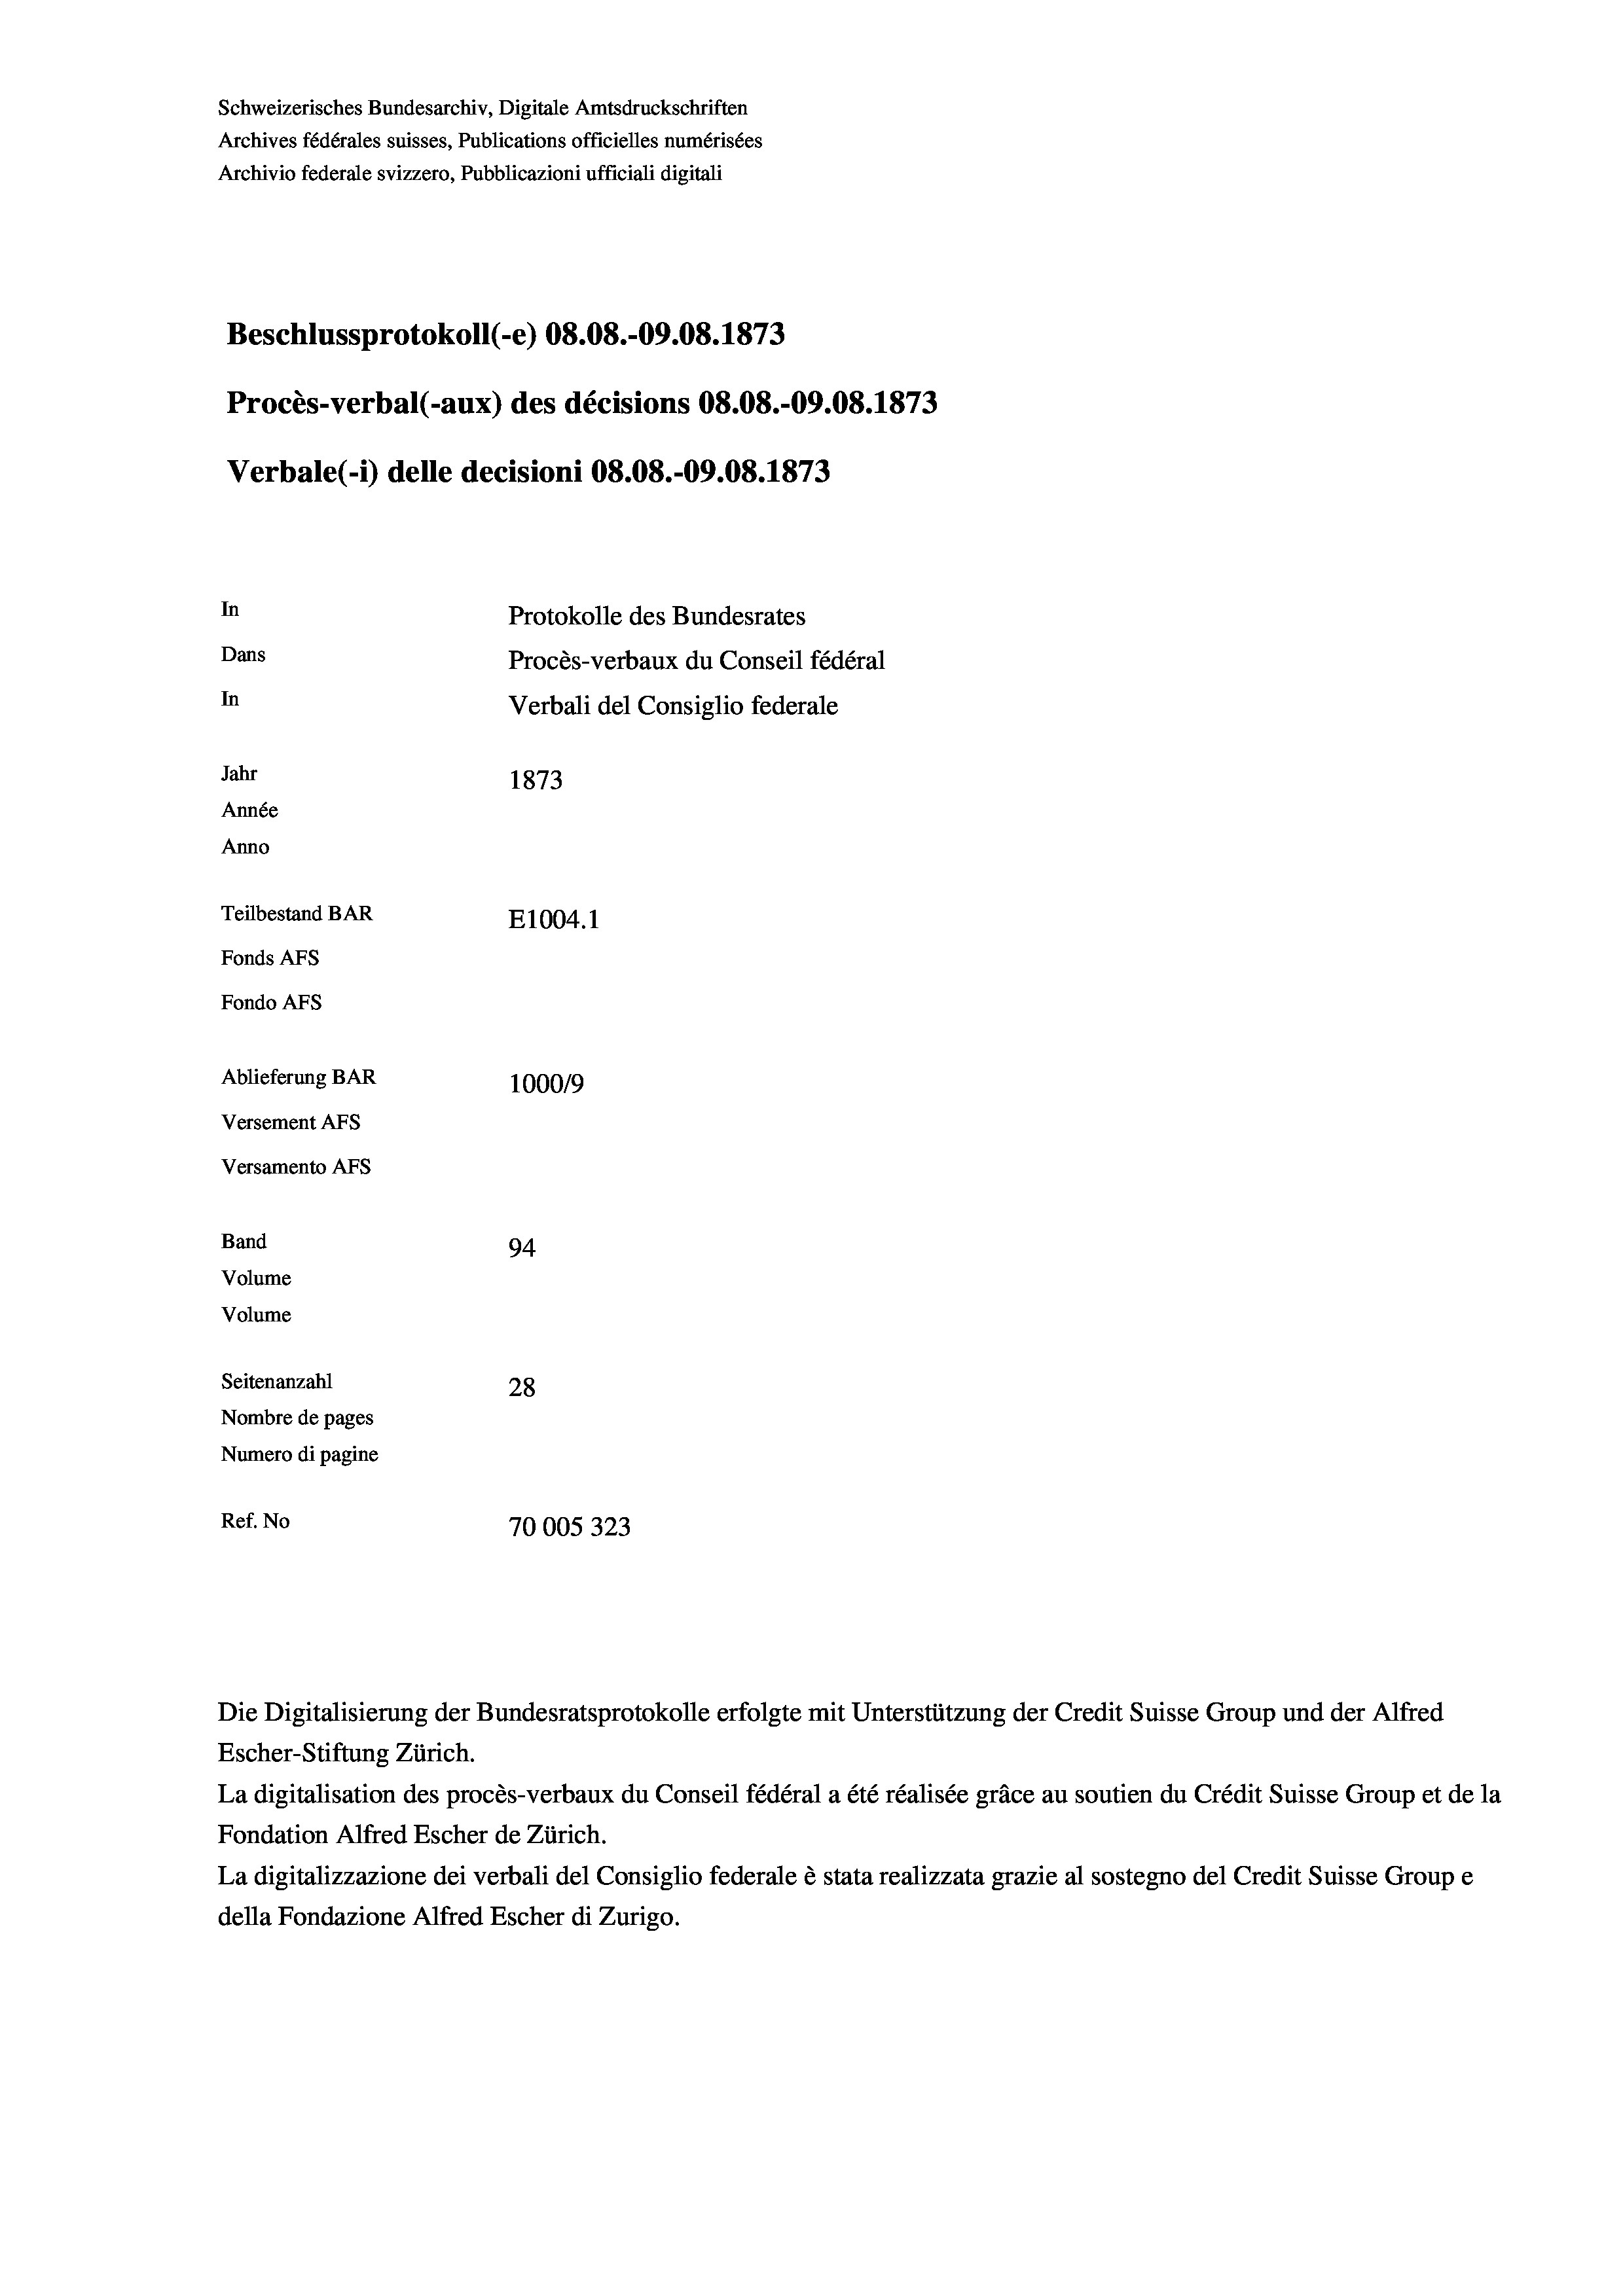
Schweizerisches Bundesarchiv, Digitale Amtsdruckschriften
Archives fédérales suisses, Publications officielles numérisées
Archivio federale svizzero, Pubblicazioni ufficiali digitali
Beschlussprotokoll (-e) 08.08.-09.08. 1873
Procès-verbal (-aux) des décisions 08.08.-09.08. 1873
Verbale(-*) delle decisioni 08.08.-09.08. 1873
In
Protokolle des Bundesrates
Dans
Procès-verbaux du Conseil fédéral
In
Verbali del Consiglio federale
Jahr
1873
Année
Anno
Teilbestand BAR
E1004. 1
Fonds AFs
Fondo Afs
Ablieferung BAR
100019
Versement AFs
Versamento Afs

94.
Seitenanzahl
28
Nombre de pages
Numero di pagine
Ref. No
70005323

Band
Volume
Volume

Escher-Stiftung Zürich.
La digitalisation des procès-verbaux du Conseil fédéral a été réalisée gräce au soutien du Crédit Suisse Group et de la
Fondation Alfred Escher de Zürich.
La digitalizzazione dei verbali del Consiglio federale è stata realizzata grazie al sostegno del Credit Suisse Groupe
della Fondazione Alfred Escher di Zurigo.

Die Digitalisierung der Bundesratsprotokolle erfolgte mit Unterstützung der Credit Suisse Group und der Alfred